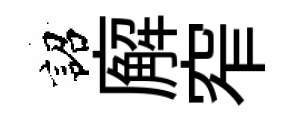
詔廨窄